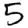
Digit: 5